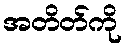
အတိတ်ကို